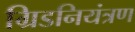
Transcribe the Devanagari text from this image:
ग्रिडनियंत्रण